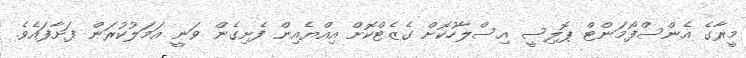
މީރާގެ އެންސްފޯމަންޓް ޕޮލިސީ އިސްލާހުކޮށް ގެޒެޓްކޮށް އިއްޔެއިން ފެށިގެން ވަނީ އަމަލުކުރަން ފަށާފައެވެ.